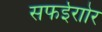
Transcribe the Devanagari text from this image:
सफईराोर